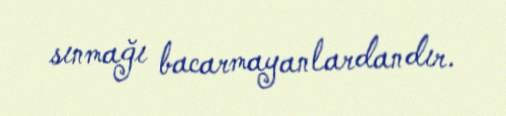
sınmağı bacarmayanlardandır.